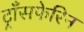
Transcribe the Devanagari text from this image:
ट्राँसफेरिन